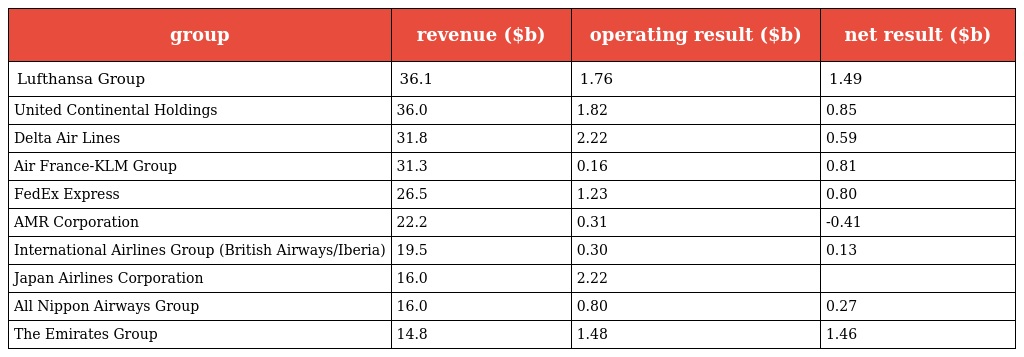
| group | revenue ($b) | operating result ($b) | net result ($b) |
 | --- | --- | --- | --- |
 | Lufthansa Group | 36.1 | 1.76 | 1.49 |
 | United Continental Holdings | 36.0 | 1.82 | 0.85 |
 | Delta Air Lines | 31.8 | 2.22 | 0.59 |
 | Air France-KLM Group | 31.3 | 0.16 | 0.81 |
 | FedEx Express | 26.5 | 1.23 | 0.80 |
 | AMR Corporation | 22.2 | 0.31 | -0.41 |
 | International Airlines Group (British Airways/Iberia) | 19.5 | 0.30 | 0.13 |
 | Japan Airlines Corporation | 16.0 | 2.22 |  |
 | All Nippon Airways Group | 16.0 | 0.80 | 0.27 |
 | The Emirates Group | 14.8 | 1.48 | 1.46 |